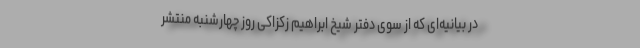
در بیانیه‌ای که از سوی دفتر شیخ ابراهیم زکزاکی روز چهارشنبه منتشر